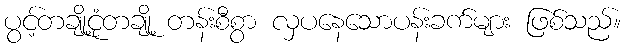
ပွင့်တချို့ငုံတချို့ တန်းစီစွာ လှပနေသောပန်းခက်များ ဖြစ်သည်။